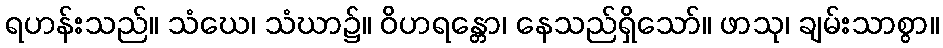
ရဟန်းသည်။ သံဃေ၊ သံဃာ၌။ ဝိဟရန္တော၊ နေသည်ရှိသော်။ ဖာသု၊ ချမ်းသာစွာ။